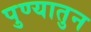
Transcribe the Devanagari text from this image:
पुण्यातुन